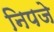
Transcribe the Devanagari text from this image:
निपजे